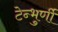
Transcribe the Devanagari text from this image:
टेन्भुर्णी